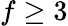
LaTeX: f\geq 3